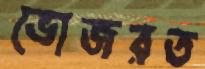
ভোজরত